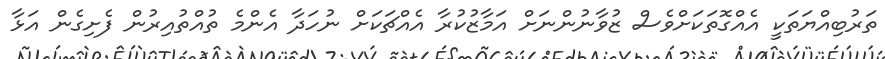
ތަރުބިއްޔަތަކީ އެއްގޮތަކަށްވެސް ޒުވާނުންނަށް އަމާޒުކުރާ އެއްޗަކަށް ނުހަދާ އެންމެ ތުއްތުއިރުން ފެށިގެން އަޅާ